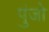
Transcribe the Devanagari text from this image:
पुंजो